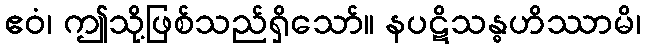
ဧဝံ၊ ဤသို့ဖြစ်သည်ရှိသော်။ နပဋိသန္ဓဟိဿာမိ၊